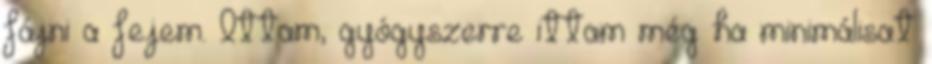
fájni a fejem. Ittam, gyógyszerre ittam még ha minimálisat